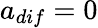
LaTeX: a_{dif}=0